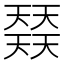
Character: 𡚌